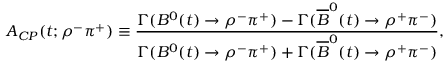
A _ { C P } ( t ; \rho ^ { - } \pi ^ { + } ) \equiv \frac { \Gamma ( B ^ { 0 } ( t ) \to \rho ^ { - } \pi ^ { + } ) - \Gamma ( \overline { { B } } ^ { 0 } ( t ) \to \rho ^ { + } \pi ^ { - } ) } { \Gamma ( B ^ { 0 } ( t ) \to \rho ^ { - } \pi ^ { + } ) + \Gamma ( \overline { { B } } ^ { 0 } ( t ) \to \rho ^ { + } \pi ^ { - } ) } ,